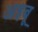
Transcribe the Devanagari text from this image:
अइबू